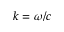
k = \omega / c